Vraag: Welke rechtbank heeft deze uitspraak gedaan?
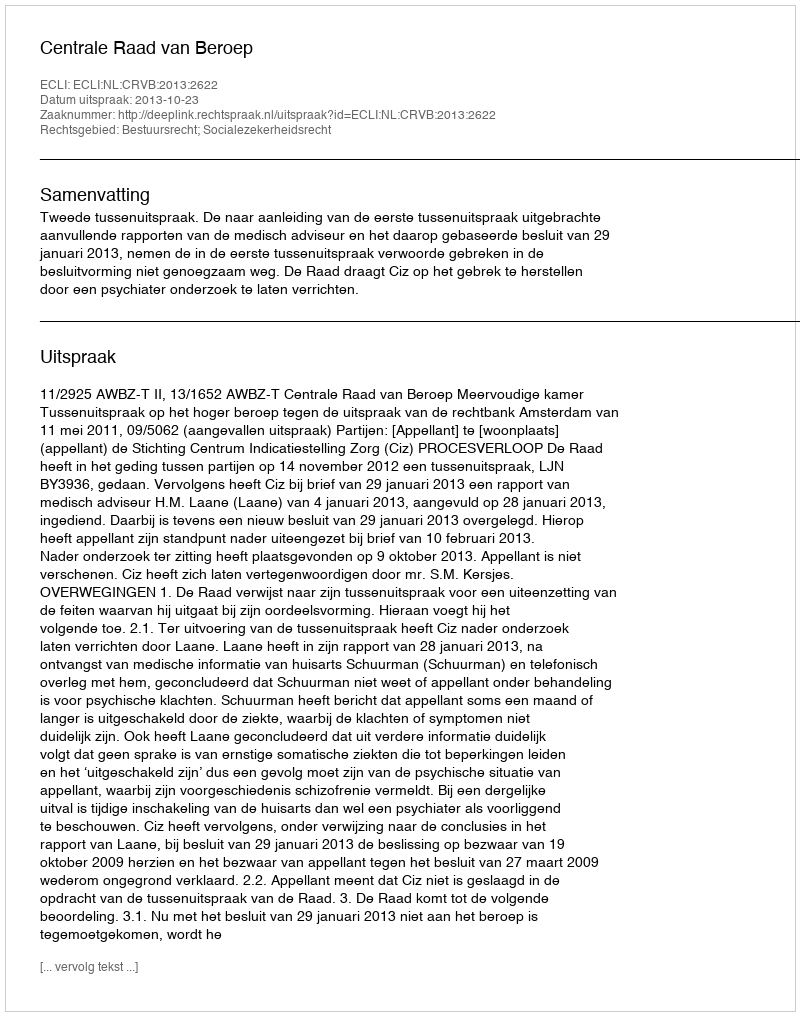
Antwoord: Centrale Raad van Beroep